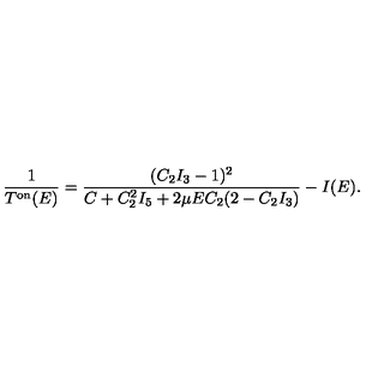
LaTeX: \frac { 1 } { T ^ { \mathrm { o n } } ( E ) } = \frac { ( C _ { 2 } I _ { 3 } - 1 ) ^ { 2 } } { C + C _ { 2 } ^ { 2 } I _ { 5 } + 2 \mu E C _ { 2 } ( 2 - C _ { 2 } I _ { 3 } ) } - I ( E ) .